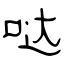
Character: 哒